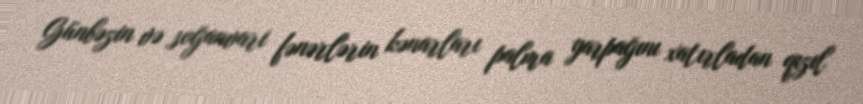
Günbəzin və soğanvari fənərlərin kənarları palma yarpağını xatırladan qızıl